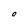
Character: O